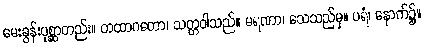
မေးခွန်းပုစ္ဆာတည်း။ တထာဂတော၊ သတ္တဝါသည်။ မရဏာ၊ သေသည်မှ။ ပရံ၊ နောက်၌။